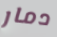
دمار